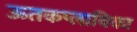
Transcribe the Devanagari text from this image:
ऊतकप्लाविका